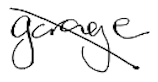
Text: garage
Cross-out: diagonal
Writing tool: digital_black